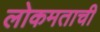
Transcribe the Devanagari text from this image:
लोकमताची